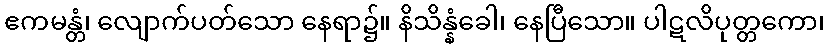
ဧကမန္တံ၊ လျောက်ပတ်သော နေရာ၌။ နိသိန္နံခေါ၊ နေပြီသော။ ပါဋလိပုတ္တကော၊